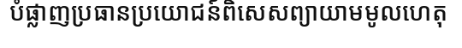
បំផ្លាញប្រធានប្រយោជន៍ពិសេសព្យាយាមមូលហេតុ